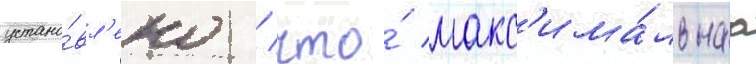
устано́вл'ено / что́ макс'има́льнаа